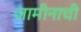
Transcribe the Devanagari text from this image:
जामीनाची